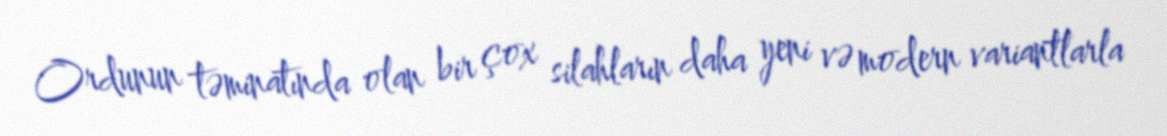
Ordunun təminatında olan bir çox silahların daha yeni və modern variantlarla